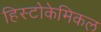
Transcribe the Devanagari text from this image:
हिस्टोकेमिकल